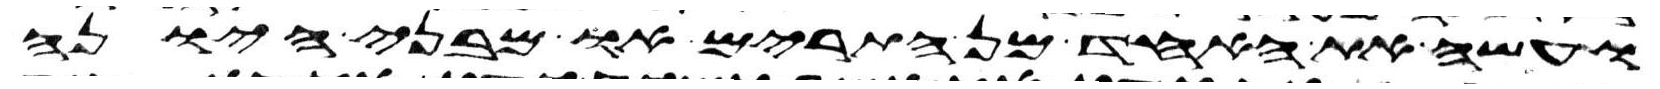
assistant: ועשה את האחד מן התרים או מבני היונה